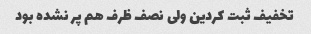
تخفیف ثبت کردین ولی نصف ظرف هم پر نشده بود